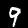
Digit: 9